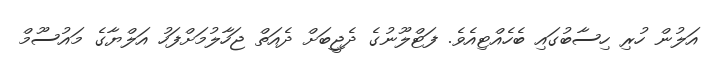
އަލުން ހުރި ހިސާބުގައި ބެހެއްޓިއެވެ. ފަޓްލޫނުގެ ދެޖީބަށް ދެއަތް ޖަހާލުމަށްފަހު އަލްޔާގެ މައުސޫމް